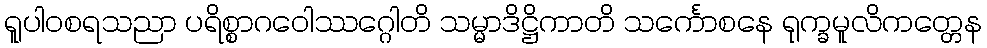
ရူပါဝစရသညာ ပရိစ္စာဂဝေါဿဂ္ဂေါတိ သမ္မာဒိဋ္ဌိကာတိ သင်္ကောစနေ ရုက္ခမူလိကတ္တေန